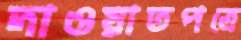
দাওয়াতপত্রে